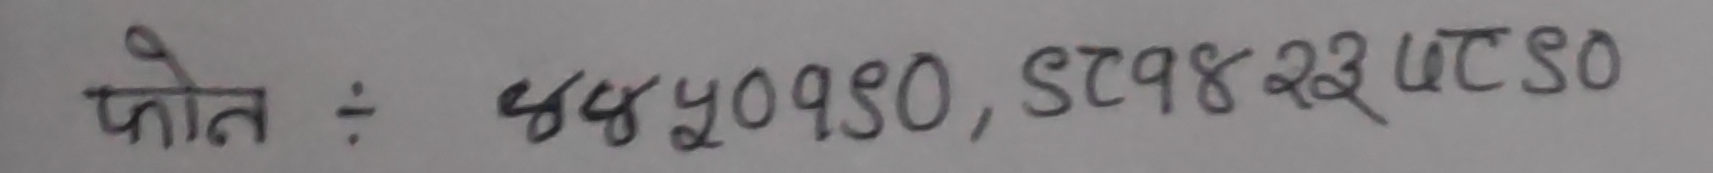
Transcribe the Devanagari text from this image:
फोन : ५४५५०१२०, 5T98 23 UTC SO